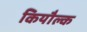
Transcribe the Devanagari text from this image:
कियौल्क